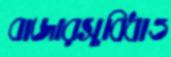
বাজারসুবিধাও